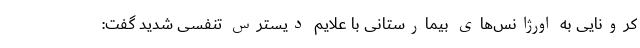
کرونایی به اورژانس‌های بیمارستانی با علایم دیسترس تنفسی شدید گفت: